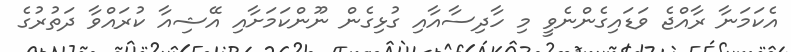
އެކަމަނާ ރާއްޖެ ވަޑައިގެންނެވީ މި ހާދިސާއާއި ގުޅިގެން ނޫންކަމަށާއި އޭޝިއާ ކުރައްވާ ދަތުރުގެ